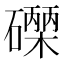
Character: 𮁐